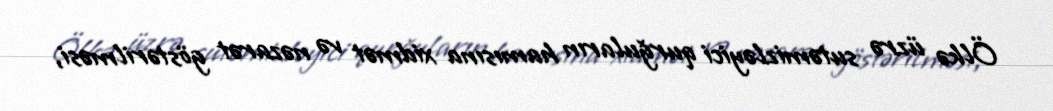
Ölkə üzrə sutəmizləyici qurğuların hamısına xidmət və nəzarət göstərilməsi,